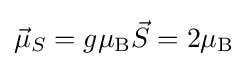
{\vec {\mu }}_{S}=g\mu _{\rm {B}}{\vec {S}}=2\mu _{\rm {B}}